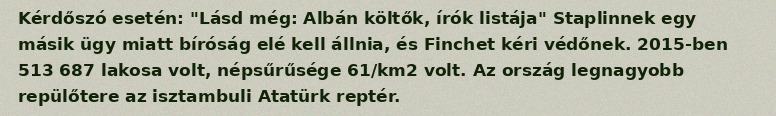
Kérdőszó esetén: "Lásd még: Albán költők, írók listája" Staplinnek egy másik ügy miatt bíróság elé kell állnia, és Finchet kéri védőnek. 2015-ben 513 687 lakosa volt, népsűrűsége 61/km2 volt. Az ország legnagyobb repülőtere az isztambuli Atatürk reptér.